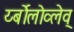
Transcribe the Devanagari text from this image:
र्य्बोलोव्लेव्